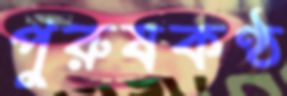
পুরুষকণ্ঠ